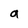
Character: a